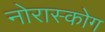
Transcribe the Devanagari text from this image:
नोरास्कोग